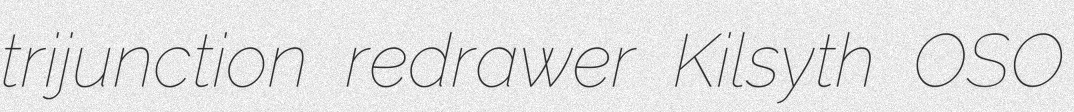
trijunction redrawer Kilsyth OSO